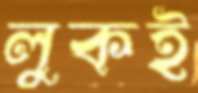
লুকই